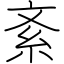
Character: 紊